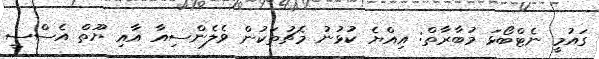
ގައުމީ ނެޓްބޯޅަ މުބާރާތް: އިއްޔެ ކުޅުނު މެޗުތަކުން ވެލެންސިއާ އާއި ޔޫތް އެސްސީ